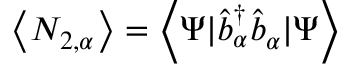
\left\langle N _ { 2 , \alpha } \right\rangle = \left\langle \Psi | \hat { b } _ { \alpha } ^ { \dagger } \hat { b } _ { \alpha } | \Psi \right\rangle